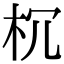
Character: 𣏝